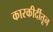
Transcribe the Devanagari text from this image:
कारकीर्दीतून